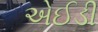
એઈડી